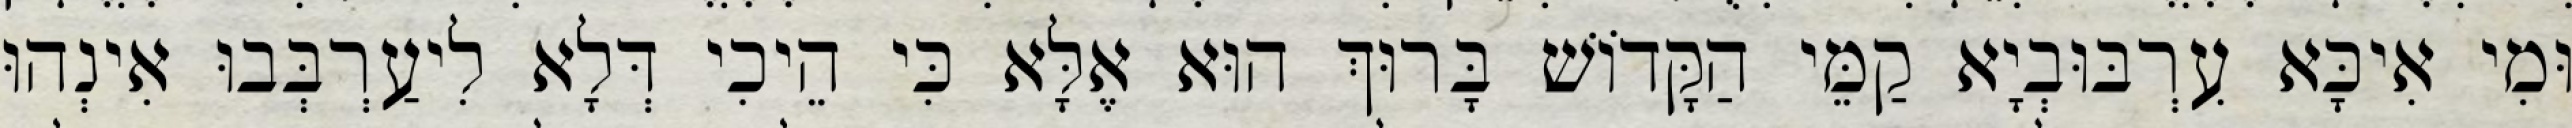
וּמִי אִיכָּא עִרְבּוּבְיָא קַמֵּי הַקָּדוֹשׁ בָּרוּךְ הוּא אֶלָּא כִּי הֵיכִי דְּלָא לִיעַרְבְּבוּ אִינְהוּ